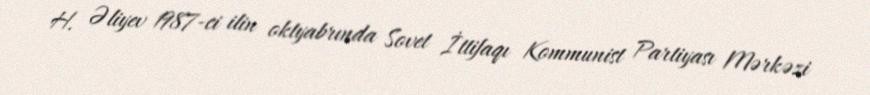
H. Əliyev 1987-ci ilin oktyabrında Sovet İttifaqı Kommunist Partiyası Mərkəzi